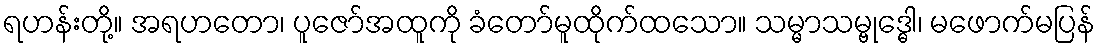
ရဟန်းတို့။ အရဟတော၊ ပူဇော်အထူကို ခံတော်မူထိုက်ထသော။ သမ္မာသမ္ဗုဒ္ဓေါ၊ မဖောက်မပြန်